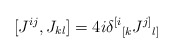
\begin{align*}[J^{ij}, J_{kl}] = 4i\delta^{[i}{}_{[k} J^{j]}{}_{l]}\end{align*}